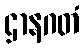
ဌာနဂတံ